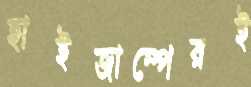
হাইজাম্পেরই